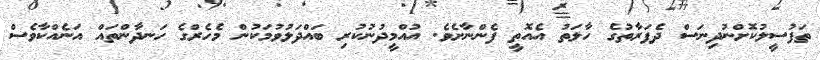
ތަފުސީލުކޮށްނުދިނަސް ދެފަރާތުގެ ހާލަތު އެއޮތީ ފެންނާށެވެ. އުއްމީދުނުކުރި ބައްދަލުވުމަކުން މެހެރްގެ ހަނދާންތައް އަނެއްކާވެސް